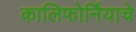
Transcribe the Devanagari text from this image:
कालिफोर्नियाचे